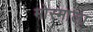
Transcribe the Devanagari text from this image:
मोस्माला